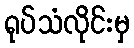
ရုပ်သံလိုင်းမှ